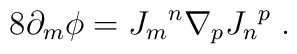
8\partial_m \phi = {J_m}^n \nabla_p {J_n}^p \; .